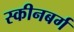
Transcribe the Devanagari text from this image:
स्कीनबर्ग